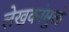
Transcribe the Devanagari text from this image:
लेखकांमुळे